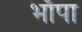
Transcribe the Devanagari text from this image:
भाँपा